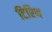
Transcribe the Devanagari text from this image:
टिरिथ